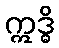
ဣဒ္ဓိ